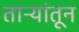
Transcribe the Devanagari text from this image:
ताऱ्यांतून